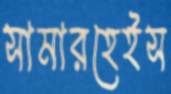
সামারহেইস